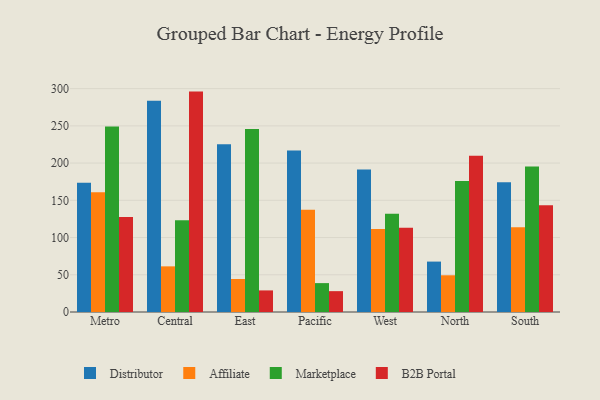
{"axis": {"x": "Region", "y": "Shipments"}, "legend": ["Affiliate", "B2B Portal", "Distributor", "Marketplace"], "data": [{"x": "Metro", "y": 173.6, "type": "Distributor"}, {"x": "Metro", "y": 160.7, "type": "Affiliate"}, {"x": "Metro", "y": 249.2, "type": "Marketplace"}, {"x": "Metro", "y": 127.5, "type": "B2B Portal"}, {"x": "Central", "y": 283.7, "type": "Distributor"}, {"x": "Central", "y": 61.3, "type": "Affiliate"}, {"x": "Central", "y": 123.3, "type": "Marketplace"}, {"x": "Central", "y": 296.0, "type": "B2B Portal"}, {"x": "East", "y": 225.2, "type": "Distributor"}, {"x": "East", "y": 44.3, "type": "Affiliate"}, {"x": "East", "y": 245.9, "type": "Marketplace"}, {"x": "East", "y": 29.0, "type": "B2B Portal"}, {"x": "Pacific", "y": 216.8, "type": "Distributor"}, {"x": "Pacific", "y": 137.4, "type": "Affiliate"}, {"x": "Pacific", "y": 38.8, "type": "Marketplace"}, {"x": "Pacific", "y": 28.0, "type": "B2B Portal"}, {"x": "West", "y": 191.4, "type": "Distributor"}, {"x": "West", "y": 111.4, "type": "Affiliate"}, {"x": "West", "y": 131.8, "type": "Marketplace"}, {"x": "West", "y": 113.1, "type": "B2B Portal"}, {"x": "North", "y": 67.7, "type": "Distributor"}, {"x": "North", "y": 49.3, "type": "Affiliate"}, {"x": "North", "y": 176.1, "type": "Marketplace"}, {"x": "North", "y": 209.8, "type": "B2B Portal"}, {"x": "South", "y": 174.2, "type": "Distributor"}, {"x": "South", "y": 113.9, "type": "Affiliate"}, {"x": "South", "y": 195.4, "type": "Marketplace"}, {"x": "South", "y": 143.5, "type": "B2B Portal"}]}